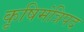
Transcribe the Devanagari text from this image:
कृषिमंत्रिपद